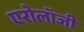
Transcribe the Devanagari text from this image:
एरोलॉजी